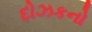
દોઝકનો